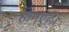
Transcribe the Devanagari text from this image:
होगएहैं।